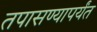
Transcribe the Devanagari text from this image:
तपासण्यापर्यंत